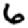
Digit: 6